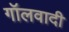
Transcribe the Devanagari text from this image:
गॉलवादी